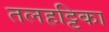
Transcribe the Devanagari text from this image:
तलहट्टिका